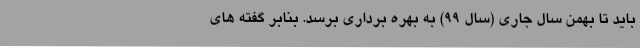
باید تا بهمن سال جاری (سال 99) به بهره برداری برسد. بنابر گفته های